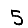
Digit: 5